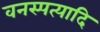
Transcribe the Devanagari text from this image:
वनस्पत्यादि